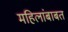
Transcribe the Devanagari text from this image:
महिलांबाबत